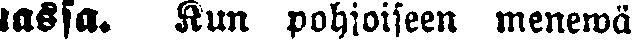
assa. Kun pohioiseen menewä